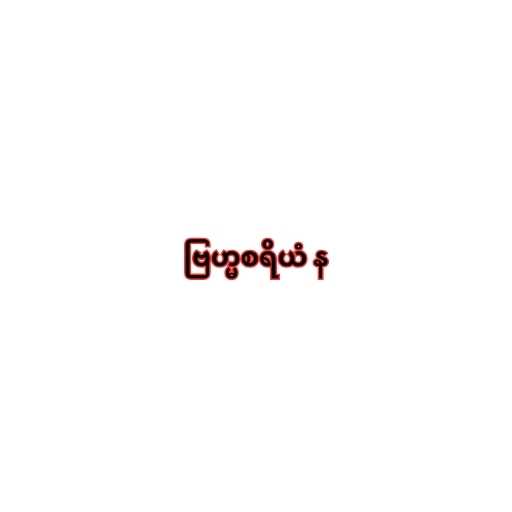
ဗြဟ္မစရိယံ န